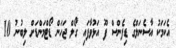
އެކަމަކު އާސެނަލްގެ ޑިފެންސް ފޫ އަޅުވާފައި ގޯލް ޖަހަން ޑޯޓްމަންޑަށް ލިބުނު 10